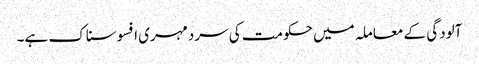
آلودگی کے معاملہ میں حکومت کی سردمہری افسوسناک ہے۔